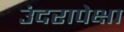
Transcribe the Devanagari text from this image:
उंदरापेक्षा